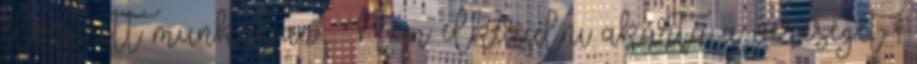
elvégzett munkában . Nem elkerülni akarta a vereséget ,